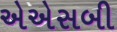
એએસબી